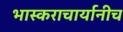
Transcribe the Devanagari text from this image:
भास्कराचार्यानीच